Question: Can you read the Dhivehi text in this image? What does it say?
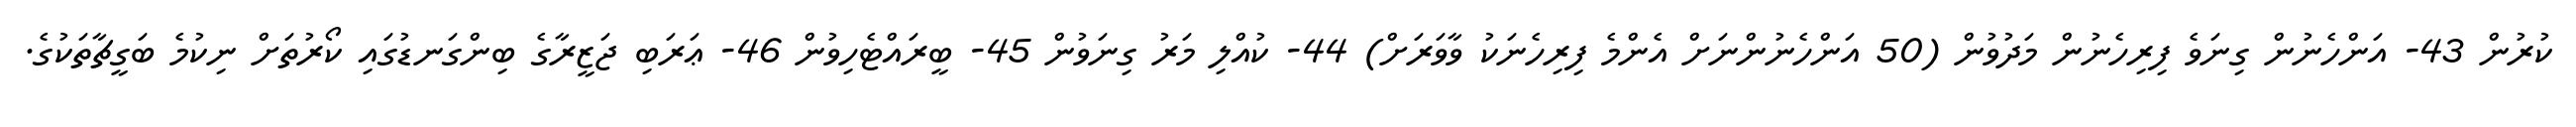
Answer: ކުރުން 43- އަންހެނުން ގިނަވެ ފިރިހެނުން މަދުވުން (50 އަންހެނުންނަށް އެންމެ ފިރިހެނަކު ވާވަރަށް) 44- ކުއްލި މަރު ގިނަވުން 45- ބީރައްޓެހިވުން 46- ޢަރަބި ޖަޒީރާގެ ބިންގަނޑުގައި ކޯރުތަށް ނިކުމެ ބަގީޗާތަކުގެ.